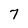
Character: 7